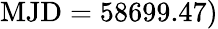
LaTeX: \mathrm{MJD}=58699.47)